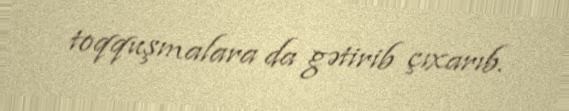
toqquşmalara da gətirib çıxarıb.